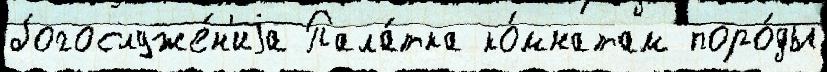
богослуже́н'иjа Пала́тка ко́мнатам поро́ды